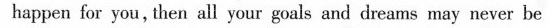
happen for you, tben all your gwals and dreams may never be